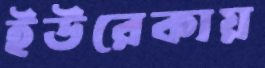
ইউরেকায়